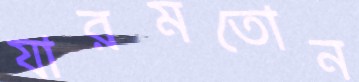
যারমতোন